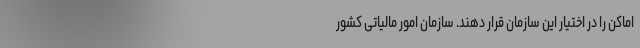
اماکن را در اختیار این سازمان قرار دهند. سازمان امور مالیاتی کشور